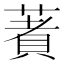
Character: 𦹘